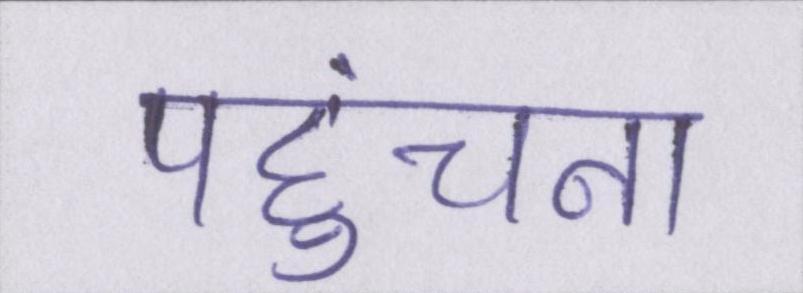
पहुंचना